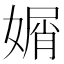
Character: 𡟩